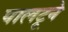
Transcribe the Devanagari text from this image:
पालटूने